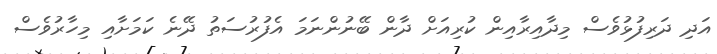
އަދި ދަރިފުޅުވެސް މިދާއިރާއިން ކުރިއަށް ދާން ބޭނުންނަމަ އެފުރުސަތު ދޭނެ ކަމަށާއި މިހާރުވެސް